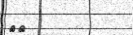
٩٨